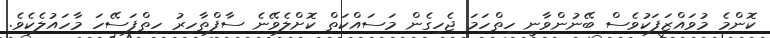
ކޮންމެ މުވައްޒަފަކުވެސް ބޭނުންވާނީ ހިތްހަމަ ޖެހިގެން މަސައްކަތް ކޮށްލެވޭނެ ސާފްތާހިރު ހިތްފަސޭހަ މާހައުލެކެވެ.